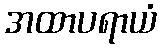
အထာပရာယံ